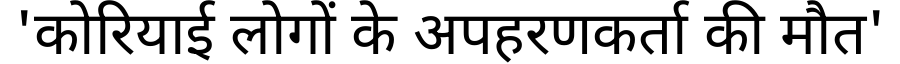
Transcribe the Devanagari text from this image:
'कोरियाई लोगों के अपहरणकर्ता की मौत'